Indian journal of veterinary science and animal husbandry - Volume 1,
Year: 1931
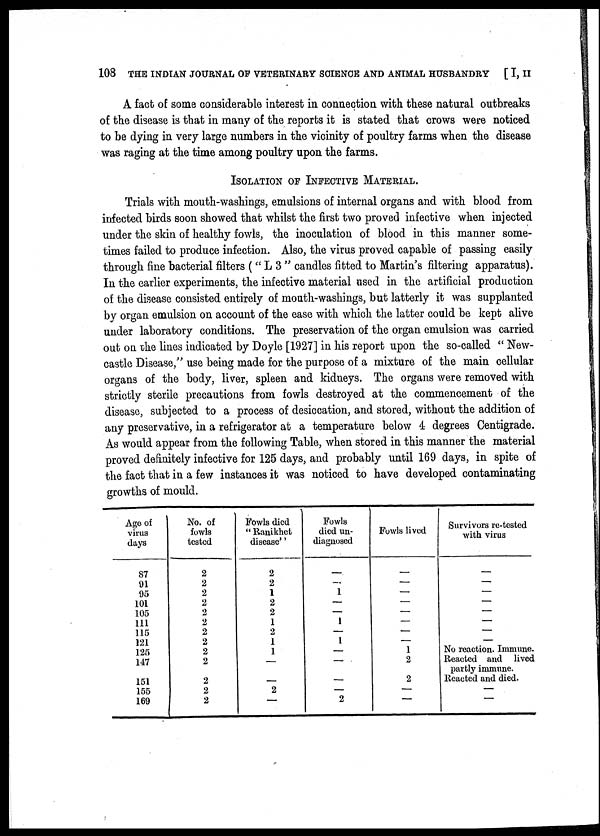
108 THE INDIAN JOURNAL OF VETERINARY SCIENCE AND ANIMAL HUSBANDRY
[ I, II
A fact of some considerable interest in connection with these natural outbreaks
of the disease is that in many of the reports it is stated that crows were noticed
to be dying in very large numbers in the vicinity of poultry farms when the disease
was raging at the time among poultry upon the farms.
ISOLATION OF INFECTIVE MATERIAL.
Trials with mouth-washings, emulsions of internal organs and with blood from
infected birds soon showed that whilst the first two proved infective when injected
under the skin of healthy fowls, the inoculation of blood in this manner some-
times failed to produce infection. Also, the virus proved capable of passing easily
through fine bacterial filters ( " L 3 " candles fitted to Martin's filtering apparatus).
In the earlier experiments, the infective material used in the artificial production
of the disease consisted entirely of mouth-washings, but latterly it was supplanted
by organ emulsion on account of the ease with which the latter could be kept alive
under laboratory conditions. The preservation of the organ emulsion was carried
out on the lines indicated by Doyle [1927] in his report upon the so-called " New-
castle Disease," use being made for the purpose of a mixture of the main cellular
organs of the body, liver, spleen and kidneys. The organs were removed with
strictly sterile precautions from fowls destroyed at the commencement of the
disease, subjected to a process of desiccation, and stored, without the addition of
any preservative, in a refrigerator at a temperature below 4 degrees Centigrade.
As would appear from the following Table, when stored in this manner the material
proved definitely infective for 125 days, and probably until 169 days, in spite of
the fact that in a few instances it was noticed to have developed contaminating
growths of mould.
Age of
virus
days
87
91
95
101
105
111
115
121
125
147
151
155
169
No. of
fowls
tested
2
2
2
2
2
2
2
2
2
2
2
2
2
Fowls died
"Ranikhet
disease''
2
2
1
2
2
1
2
1
1
—
—
2
—
Fowls
died un-
diagnosed
—
—
1
—
—
1
—
1
—
—
—
—
2
Fowls lived
—
—
—
—
—
—
—
—
1
2
2
—
—
Survivors re-tested
with virus
—
—
—
—
—
—
—
—
No reaction. Immune.
Reacted and lived
partly immune.
Reacted and died.
—
—